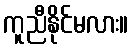
ကူညီနိုင်မလား။